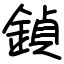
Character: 鍞